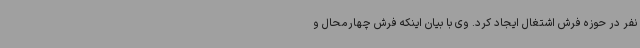
نفر در حوزه فرش اشتغال ایجاد کرد. وی با بیان اینکه فرش چهارمحال و